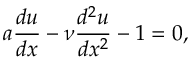
a \frac { d u } { d x } - \nu \frac { d ^ { 2 } u } { d x ^ { 2 } } - 1 = 0 ,